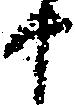
十